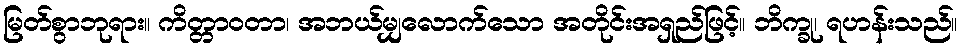
မြတ်စွာဘုရား။ ကိတ္တာဝတာ၊ အဘယ်မျှလောက်သော အတိုင်းအရှည်ဖြင့်။ ဘိက္ခု၊ ရဟန်းသည်။